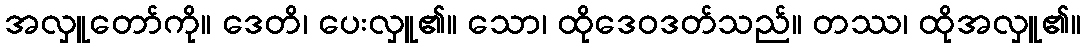
အလှူတော်ကို။ ဒေတိ၊ ပေးလှူ၏။ သော၊ ထိုဒေဝဒတ်သည်။ တဿ၊ ထိုအလှူ၏။